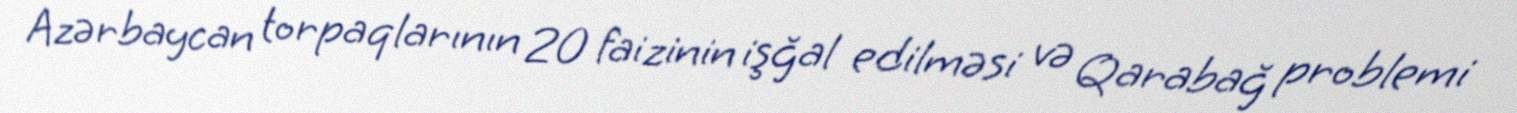
Azərbaycan torpaqlarının 20 faizinin işğal edilməsi və Qarabağ problemi